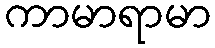
ကာမာရာမာ